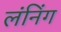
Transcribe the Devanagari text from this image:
लंनिंग